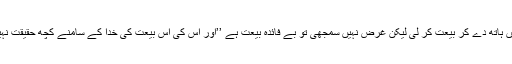
ہاتھ میں ہاتھ دے کر بیعت کر لی لیکن غرض نہیں سمجھی تو بے فائدہ بیعت ہے ’’اور اس کی اس بیعت کی خدا کے سامنے کچھ حقیقت نہیں ہے۔